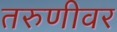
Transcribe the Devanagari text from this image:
तरुणीवर